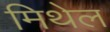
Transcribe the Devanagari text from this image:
मिथेल